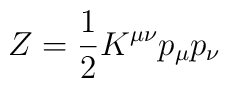
Z = {1\over 2} K^{\mu\nu} p_\mu p_\nu